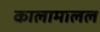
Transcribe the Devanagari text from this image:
कालामालल